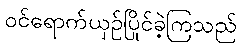
ဝင်ရောက်ယှဉ်ပြိုင်ခဲ့ကြသည်